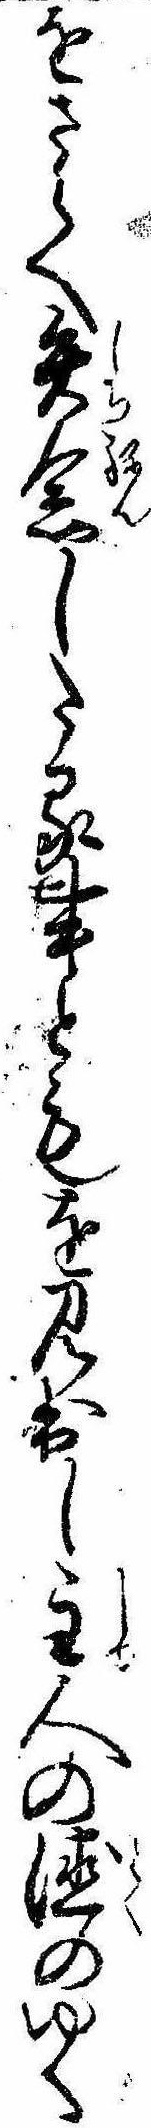
をさらへ失念したる事ともを見出し主人の徳のゆく